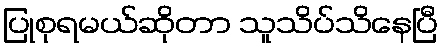
ပြုစုရမယ်ဆိုတာ သူသိပ်သိနေပြီ